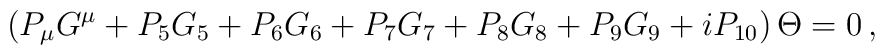
\left( P_\mu G^\mu + P_5 G_5 + P_6 G_6 + P_7 G_7 + P_8 G_8  + P_9 G_9 + i P_{10} \right) \Theta =0 \,,